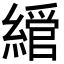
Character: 𦄮